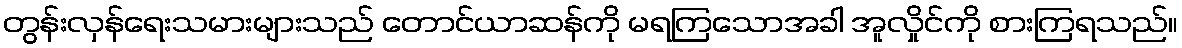
တွန်းလှန်ရေးသမားများသည် တောင်ယာဆန်ကို မရကြသောအခါ အူလှိုင်ကို စားကြရသည်။